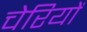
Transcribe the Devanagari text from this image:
चेरियों